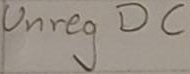
Text: Unreg DC